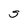
Character: S